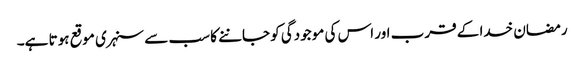
رمضان خدا کے قرب اور اس کی موجودگی کو جاننے کا سب سے سنہری موقع ہوتا ہے۔